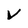
Character: v